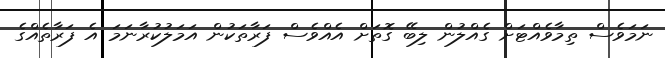
ނަމަވެސް ތިމާވެއްޓަށް ގެއްލުން ލިބޭ ގޮތަށް އެއްވެސް ފަރާތަކުން އަމަލުކުރާނަމަ އެ ފަރާތެއްގެ